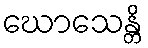
ဃောသေန္တိ